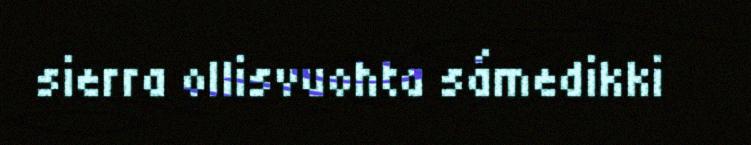
sierra ollisvuohta sámedikki